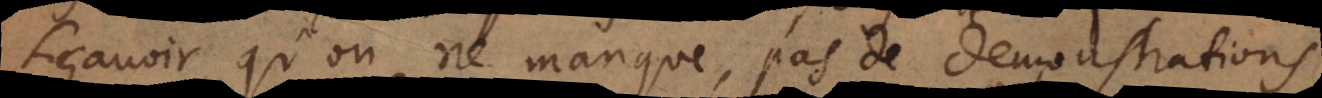
sçavoir qu’on ne manque pas de demonstrations